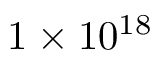
1 \times 1 0 ^ { 1 8 }